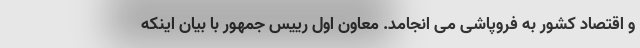
و اقتصاد کشور به فروپاشی می انجامد. معاون اول رییس جمهور با بیان اینکه